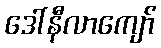
ဒေါ်နီလာကျော်